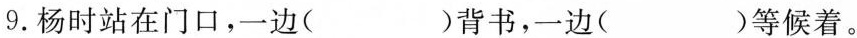
9.杨时站在门口，一边( )背书，一边( )等候着。